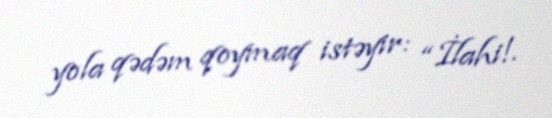
yola qədəm qoymaq istəyir: “İlahi!.